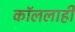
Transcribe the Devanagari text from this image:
कॉललाही